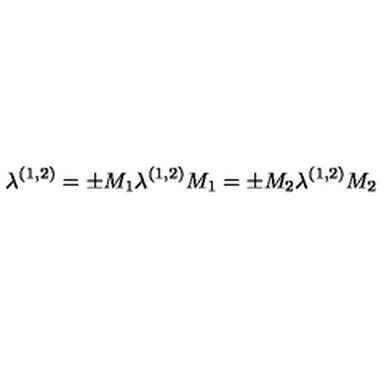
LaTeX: \lambda ^ { ( 1 , 2 ) } = \pm M _ { 1 } \lambda ^ { ( 1 , 2 ) } M _ { 1 } = \pm M _ { 2 } \lambda ^ { ( 1 , 2 ) } M _ { 2 }